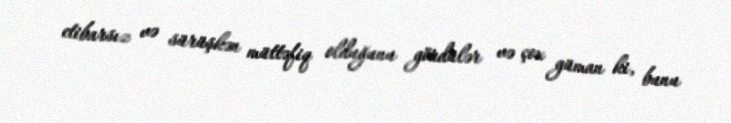
etibarsız və sürüşkən müttəfiq olduğunu gördülər və çox güman ki, bunu